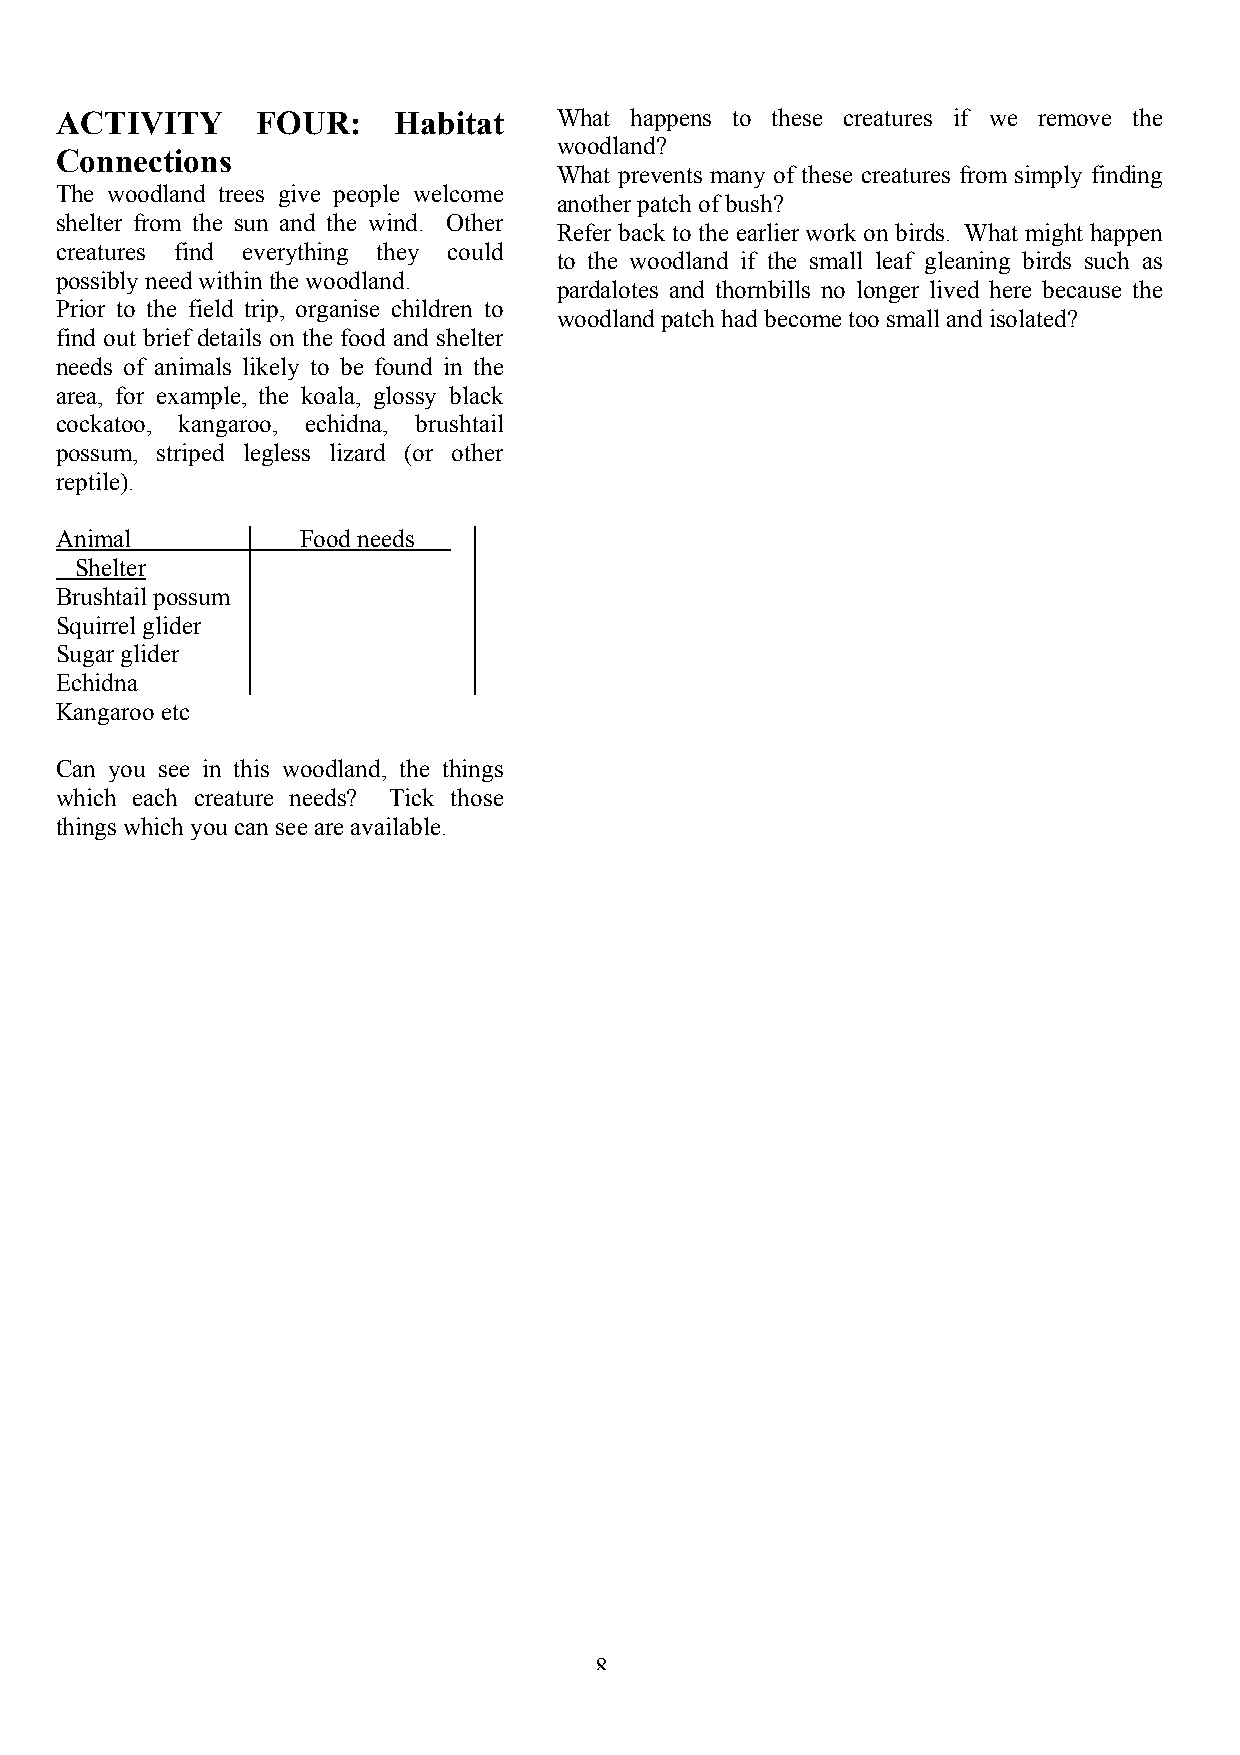
ACTIVITY     FOUR:    Habitat    What happens to these creatures if we remove the
 woodland?
 Connections
 What prevents many of these creatures from simply finding
 The woodland trees give people welcome
 another patch of bush?
 shelter from the sun and the wind. Other
 Refer back to the earlier work on birds. What might happen
 creatures find everything they could
 to the woodland if the small leaf gleaning birds such as
 possibly need within the woodland.
 pardalotes and thornbills no longer lived here because the
 Prior to the field trip, organise children to
 woodland patch had become too small and isolated?
 find out brief details on the food and shelter
 needs of animals likely to be found in the
 area, for example, the koala, glossy black
 cockatoo, kangaroo, echidna, brushtail
 possum, striped legless lizard (or other
 reptile).
 Animal          Food needs
 Shelter
 Brushtail possum
 Squirrel glider
 Sugar glider
 Echidna
 Kangaroo etc
 Can you see in this woodland, the things
 which each creature needs? Tick those
 things which you can see are available.
 8